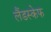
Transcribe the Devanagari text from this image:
लैंडस्केफ